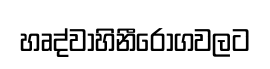
හෘද්වාහිනීරෝගවලට